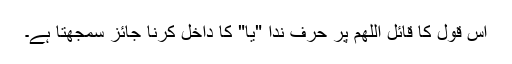
اس قول کا قائل اللھم پر حرف ندا "یا" کا داخل کرنا جائز سمجھتا ہے۔